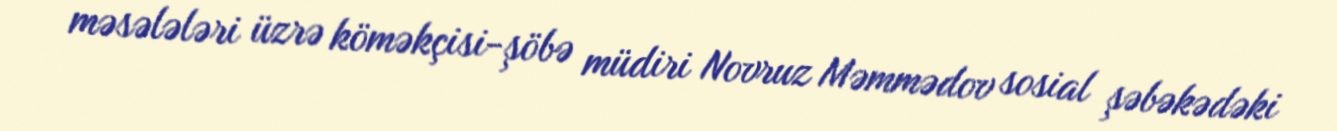
məsələləri üzrə köməkçisi-şöbə müdiri Novruz Məmmədov sosial şəbəkədəki